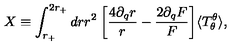
X \equiv \int _ { r _ { + } } ^ { 2 r _ { + } } d r r ^ { 2 } \: \biggl [ \frac { 4 \partial _ { q } r } { r } - \frac { 2 \partial _ { q } F } { F } \biggr ] \langle T _ { \theta } ^ { \theta } \rangle ,